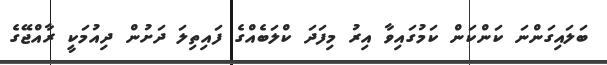
ބަލައިގަންނަ ކަންކަން ކަމުގައިވާ އިރު މިފަދަ ކްލަބެެއްގެ ފައިތިލަ ދަށުން ދިއުމަކީ ރާއްޖޭގެ